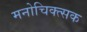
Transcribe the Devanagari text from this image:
मनोचिक्त्सक